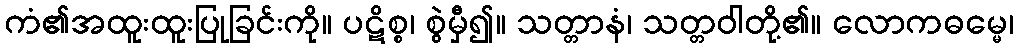
ကံ၏အထူးထူးပြုခြင်းကို။ ပဋိစ္စ၊ စွဲမှီ၍။ သတ္တာနံ၊ သတ္တဝါတို့၏။ လောကဓမ္မေ၊